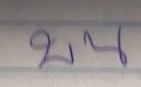
บน